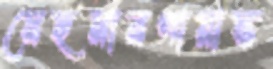
মেহমানপারাস্ত